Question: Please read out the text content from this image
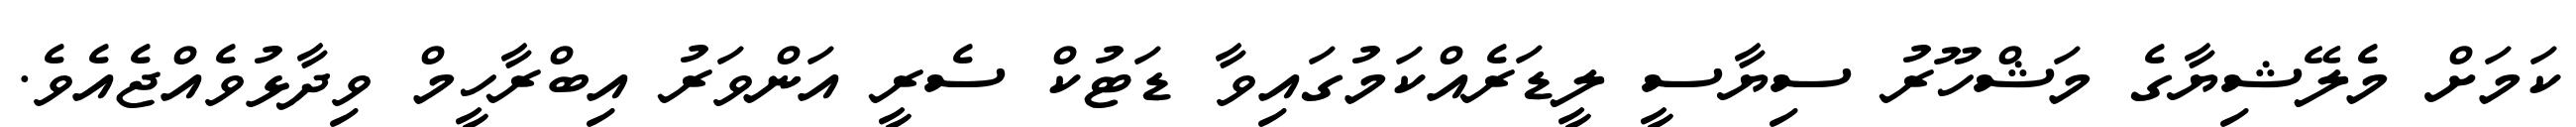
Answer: ކަމަށް މެލޭޝިޔާގެ މަޝްހޫރު ސިޔާސީ ލީޑަރެއްކަމުގައިވާ ޑަޓުކް ސެރީ އަންވަރު އިބްރާހީމް ވިދާޅުވެއްޖެއެވެ.